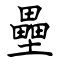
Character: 壘